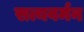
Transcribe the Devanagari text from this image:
सत्यवर्मन